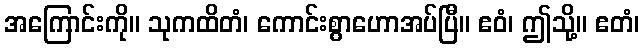
အကြောင်းကို။ သုကထိတံ၊ ကောင်းစွာဟောအပ်ပြီ။ ဧဝံ၊ ဤသို့။ ဧတံ၊